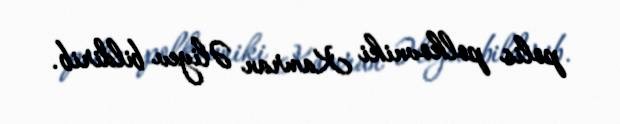
polis polkovniki Kamran Əliyev bildirib.